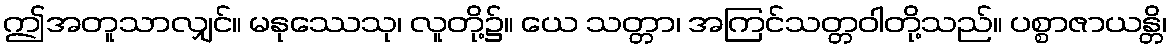
ဤအတူသာလျှင်။ မနုဿေသု၊ လူတို့၌။ ယေ သတ္တာ၊ အကြင်သတ္တဝါတို့သည်။ ပစ္စာဇာယန္တိ၊